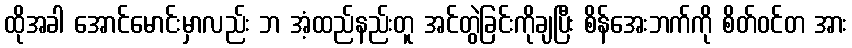
ထိုအခါ အောင်မောင်းမှာလည်း ဘ အံ့ထည်နည်းတူ အင်တွဲခြင်းကိုချပြီး စိန်အေးဘက်ကို စိတ်ဝင်တ အား